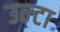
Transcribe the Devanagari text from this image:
उल्‍टा